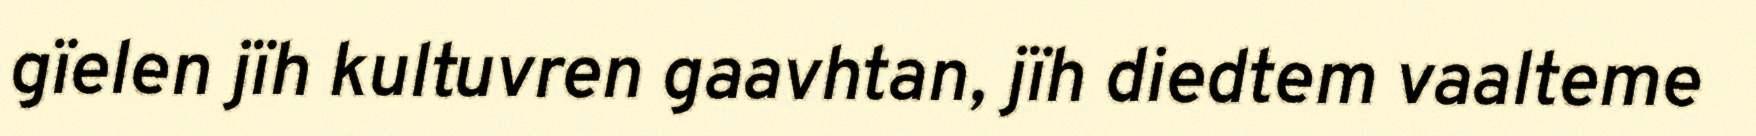
gïelen jïh kultuvren gaavhtan, jïh diedtem vaalteme